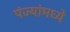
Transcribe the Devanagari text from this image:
पंज्यांमध्ये